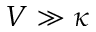
V \gg \kappa